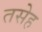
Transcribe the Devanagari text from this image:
तसेह